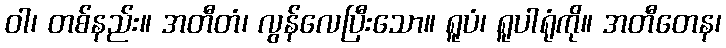
ဝါ၊ တစ်နည်း။ အတီတံ၊ လွန်လေပြီးသော။ ရူပံ၊ ရူပါရုံကို။ အတီတေန၊